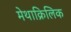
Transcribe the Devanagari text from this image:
मेथाक्रिलिक